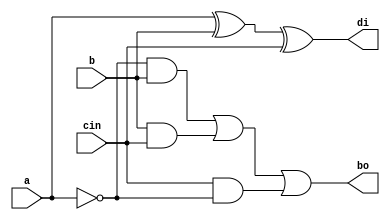
`timescale 1ns / 1ps
//////////////////////////////////////////////////////////////////////////////////
// Company: 
// Engineer: 
// 
// Design Name: 
// Module Name: fs_dataflow
// Project Name: 
// Target Devices: 
// Tool Versions: 
// Description: 
// 
// Dependencies: 
// 
// Revision:
// Revision 0.01 - File Created
// Additional Comments:
// 
//////////////////////////////////////////////////////////////////////////////////


module fs_data(
    input a,b,cin,
    output di,bo
    );
    assign di=a^b^cin;
    assign bo=((~a)&b)|(b&cin)|(cin&(~a));
endmodule